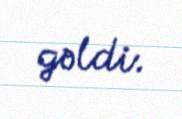
gəldi.